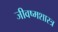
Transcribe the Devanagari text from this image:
जीवष्मशास्त्र